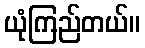
ယုံကြည်တယ်။